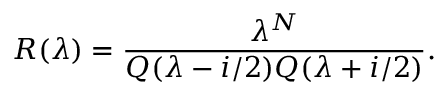
R ( \lambda ) = \frac { \lambda ^ { N } } { Q ( \lambda - i / 2 ) Q ( \lambda + i / 2 ) } .